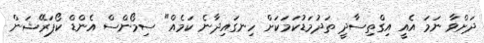
ދަށްވާ ނަމަ އެއީ އިގްތިސާދީ ތަދުމަޑުކަމަކަށް ހިނގައިދާނެ ކަމެއް" ސިމޯންސް އެންޑް ކޯޕަރޭޝަން